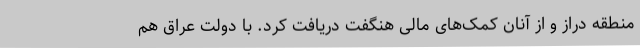
منطقه دراز و از آنان کمک‌های مالی هنگفت دریافت کرد. با دولت عراق هم